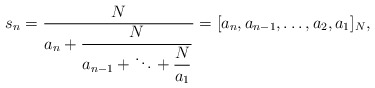
\begin{align*}s_n = \frac{N}{\displaystyle a_n+\frac{N}{\displaystyle a_{n-1}+\ddots+ \frac{N}{a_1}}} = [a_n, a_{n-1}, \ldots, a_2, a_1]_N, \end{align*}